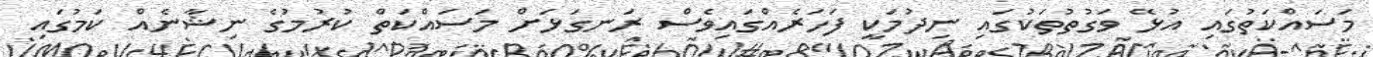
މަސައްކަތުގައި އުޅޭ ވަގުތުތަކުގައި ނިދުމަކީ ފަހަރެއްގައިވެސް ރަނގަޅަށް މަސައްކަތް ކުރުމުގެ ނިޝާނެއް ކަމުގައި